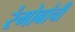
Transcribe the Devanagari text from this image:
रंगोबांची